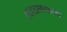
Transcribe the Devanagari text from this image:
हाइडॉक्साइडों